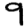
Digit: 9